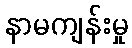
နာမကျန်းမှု